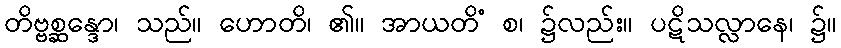
တိဗ္ဗစ္ဆန္ဒော၊ သည်။ ဟောတိ၊ ၏။ အာယတိံ စ၊ ၌လည်း။ ပဋိသလ္လာနေ၊ ၌။